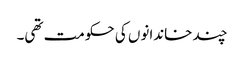
چند خاندانوں کی حکومت تھی۔